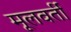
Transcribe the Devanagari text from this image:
मूलवर्ती